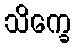
သိက္ခေ